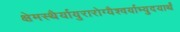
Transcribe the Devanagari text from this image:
क्षेमस्थैर्यायुरारोग्यैश्वर्याभ्युदयार्थं